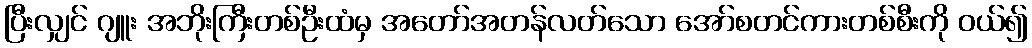
ပြီးလျှင် ဂျူး အဘိုးကြီးတစ်ဦးထံမှ အတော်အတန်လတ်သော အော်စတင်ကားတစ်စီးကို ဝယ်၍